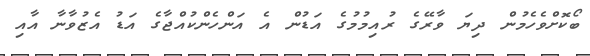
ބޯކޮށްވެހެމުން ދިޔަ ވާރޭގެ ރުއިމުމުގެ އަޑުން އެ އަންހެންކުއްޖާގެ އަޑު އެޒުވާނާ އާއި